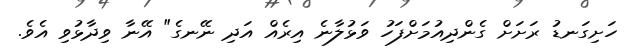
ހަށިގަނޑު ރަށަށް ގެންދިއުމަށްފަހު ވަޅުލާނެ އިރެއް އަދި ނޭނގެ" އޭނާ ވިދާޅުވި އެވެ.